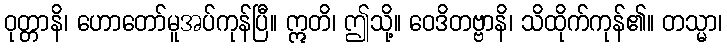
ဝုတ္တာနိ၊ ဟောတော်မူအပ်ကုန်ပြီ။ ဣတိ၊ ဤသို့။ ဝေဒိတဗ္ဗာနိ၊ သိထိုက်ကုန်၏။ တသ္မာ၊